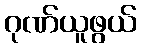
ဂုဏ်ယူဖွယ်